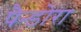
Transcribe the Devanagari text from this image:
पैन्डोरा